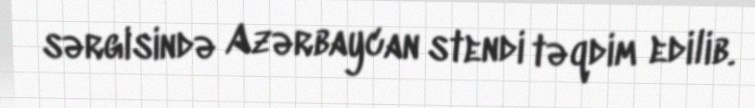
sərgisində Azərbaycan stendi təqdim edilib.